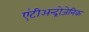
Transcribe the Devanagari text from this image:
एंटीअन्द्रोजेनिक